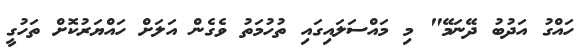
ހައްގު އަދުބު ދޭނަމޭ" މި މައްސަލައިގައި ތުހުމަތު ވެގެން އަލަށް ހައްޔަރުކޮށް ތަހުގީ